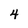
Character: 4